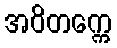
အဝိတက္ကေ